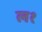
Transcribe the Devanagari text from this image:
ल१